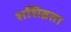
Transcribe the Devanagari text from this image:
शशिव्रता